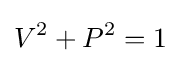
V^{2}+P^{2}=1